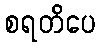
စရတိပေ